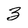
Character: 3